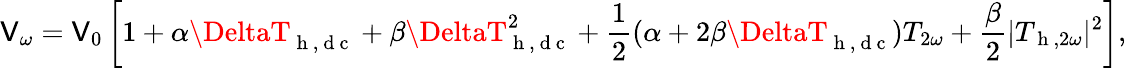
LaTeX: \mathsf{V}_{\omega}=\mathsf{V}_{0}\left[1+\alpha\DeltaT_{\mathrm{{~h~,~d~c~}}}+\beta\DeltaT_{\mathrm{{~h~,~d~c~}}}^{2}+\frac{{1}}{{2}}(\alpha+2\beta\DeltaT_{\mathrm{{~h~,~d~c~}}})T_{2\omega}+\frac{{\beta}}{{2}}|T_{\mathrm{{~h~}},2\omega}|^{2}\right]{,}